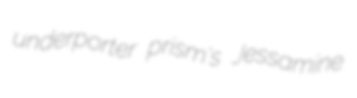
underporter prism's Jessamine